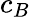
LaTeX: c_{B}